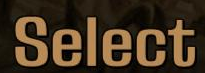
Select